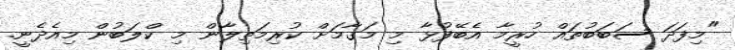
"މިފަދަ ސަބަބުތައް ހުރީމާ އެބޭފުޅާ މި މަގާމަށް ކުރިމަތިލާން މި ކްލަބުން މިއެދެނީ.